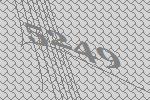
5249